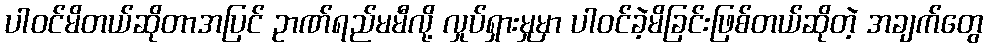
ပါဝင်မိတယ်ဆိုတာအပြင် ဥာဏ်ရည်မမီလို့ လှုပ်ရှားမှုမှာ ပါဝင်ခဲ့မိခြင်းဖြစ်တယ်ဆိုတဲ့ အချက်တွေ